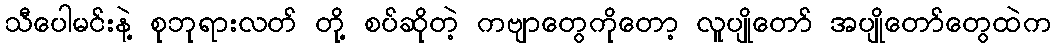
သီပေါမင်းနဲ့ စုဘုရားလတ် တို့ စပ်ဆိုတဲ့ ကဗျာတွေကိုတော့ လူပျိုတော် အပျိုတော်တွေထဲက